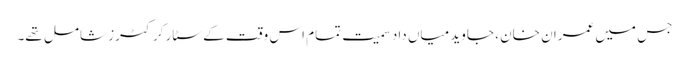
جس میں عمران خان ، جاوید میاں داد سمیت تمام اس وقت کے سٹار کرکٹرز شامل تھے۔